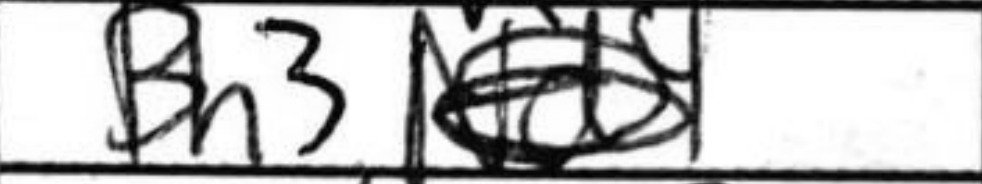
Transcription: Bh3